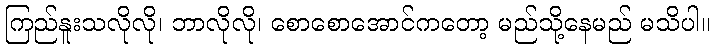
ကြည်နူးသလိုလို၊ ဘာလိုလို၊ စောစောအောင်ကတော့ မည်သို့နေမည် မသိပါ။